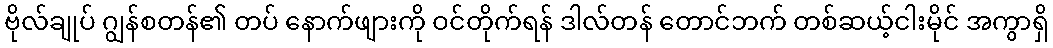
ဗိုလ်ချုပ် ဂျွန်စတန်၏ တပ် နောက်ဖျားကို ဝင်တိုက်ရန် ဒါလ်တန် တောင်ဘက် တစ်ဆယ့်ငါးမိုင် အကွာရှိ